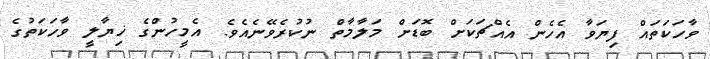
ވާހަކަތައް ފިޔަވާ އެހެން އެއްޗަކަށް ބޮޑަށް މަލާމާތް ނުކުރެވޭނެއެވެ. އެމީހުންގެ ޚިޔާލީ ވާހަކަތުގެ